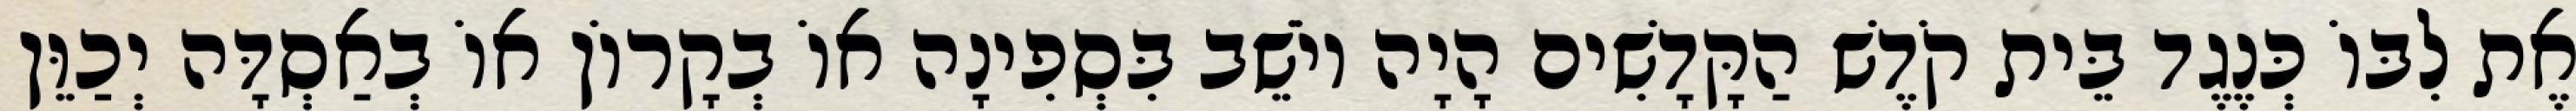
אֶת לִבּוֹ כְּנֶגֶד בֵּית קֹדֶשׁ הַקָּדָשִׁים הָיָה יוֹשֵׁב בִּסְפִינָה אוֹ בְקָרוֹן אוֹ בְאַסְדָּה יְכַוֵּן